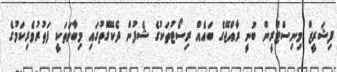
ފިޝަރީޒް މިނިސްޓްރީން ބުނީ ރާއްޖޭގެ ބައެއް ރިސޯޓުތަކުގެ ޝެފުން ދެކޭގޮތުގައި މިބާވަތަކީ ފަތުރުވެރިކަމުގެ